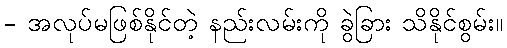
- အလုပ်မဖြစ်နိုင်တဲ့ နည်းလမ်းကို ခွဲခြား သိနိုင်စွမ်း။